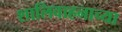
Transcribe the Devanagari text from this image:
शालिवाहनाच्या